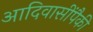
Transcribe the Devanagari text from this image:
आदिवासींपैकी